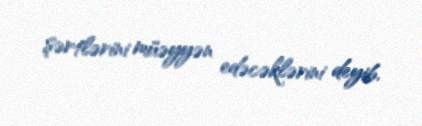
şərtlərini müəyyən edəcəklərini deyib.